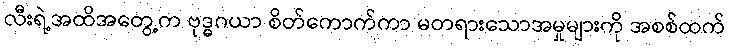
လီးရဲ့အထိအတွေ့က ဗုဒ္ဓဂယာ စိတ်ကောက်ကာ မတရားသောအမှုများကို အစစ်ထက်